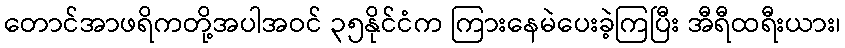
တောင်အာဖရိကတို့အပါအဝင် ၃၅နိုင်ငံက ကြားနေမဲပေးခဲ့ကြပြီး အီရီထရီးယား၊